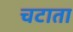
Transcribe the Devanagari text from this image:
चटाता